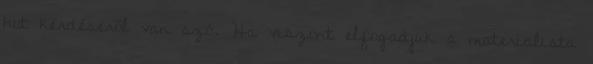
hit kérdéséről van szó. Ha viszont elfogadjuk a materialista